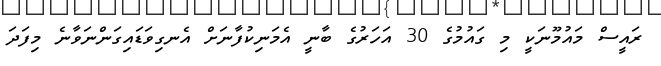
ރައީސް މައުމޫނަކީ މި ގައުމުގެ 30 އަހަރުގެ ބާނީ އެމަނިކުފާނަށް އެނގިވަޑައިގަންނަވާނެ މިފަދަ